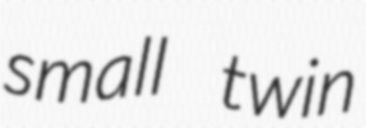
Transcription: small twin